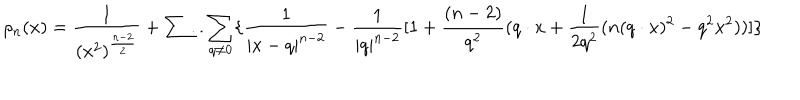
\rho _ { n } ( x ) = \frac { 1 } { ( x ^ { 2 } ) ^ { \frac { n - 2 } { 2 } } } + \sum . . \sum _ { q \neq 0 } \{ \frac { 1 } { | x - q | ^ { n - 2 } } - \frac { 1 } { | q | ^ { n - 2 } } [ 1 + \frac { ( n - 2 ) } { q ^ { 2 } } ( q \cdot x + \frac { 1 } { 2 q ^ { 2 } } ( n ( q \cdot x ) ^ { 2 } - q ^ { 2 } x ^ { 2 } ) ) ] \}